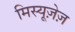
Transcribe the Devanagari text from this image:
मिस्यूज़ेज़